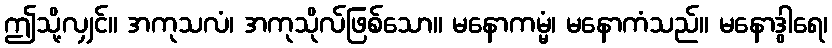
ဤသို့လျှင်။ အကုသလံ၊ အကုသိုလ်ဖြစ်သော။ မနောကမ္မံ၊ မနောကံသည်။ မနောဒွါရေ၊